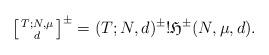
LaTeX: \begin{align*}\left[ \begin{smallmatrix} T; N,\mu \\ d \end{smallmatrix} \right]^{\pm} = (T;N,d)^{\pm}! \mathfrak{H}^{\pm}(N,\mu,d). \end{align*}